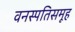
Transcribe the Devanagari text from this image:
वनस्पतिसमूह